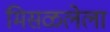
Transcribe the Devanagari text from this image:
मिसळलेला